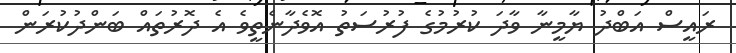
ރައީސް އަބްދު ޔާމީނާ ވާދަ ކުރުމުގެ ފުރުސަތު އޮވެދާނެތީވެ އެ ދޮރުތައް ބަންދުކުރަން